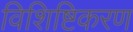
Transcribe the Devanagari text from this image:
विशिष्टिकरण